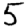
Digit: 5